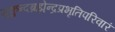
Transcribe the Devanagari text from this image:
मुकुन्दब्रह्मेन्द्रप्रभृतिपरिवारं